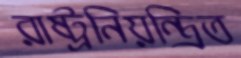
রাষ্ট্রনিয়ন্ত্রিত